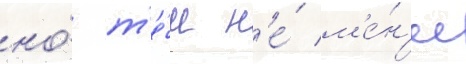
но́ т'е́м н'е́ м'е́н'ее